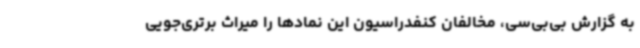
به گزارش بی‌بی‌سی، مخالفان کنفدراسیون این نمادها را میراث برتری‌جویی